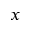
x